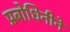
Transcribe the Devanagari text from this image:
प्रबोधिनीने